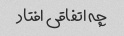
چه اتفاقی افتاد